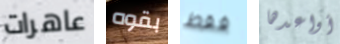
عاهرات بقوه فقط أواعدها